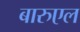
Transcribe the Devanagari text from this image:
बारुएल